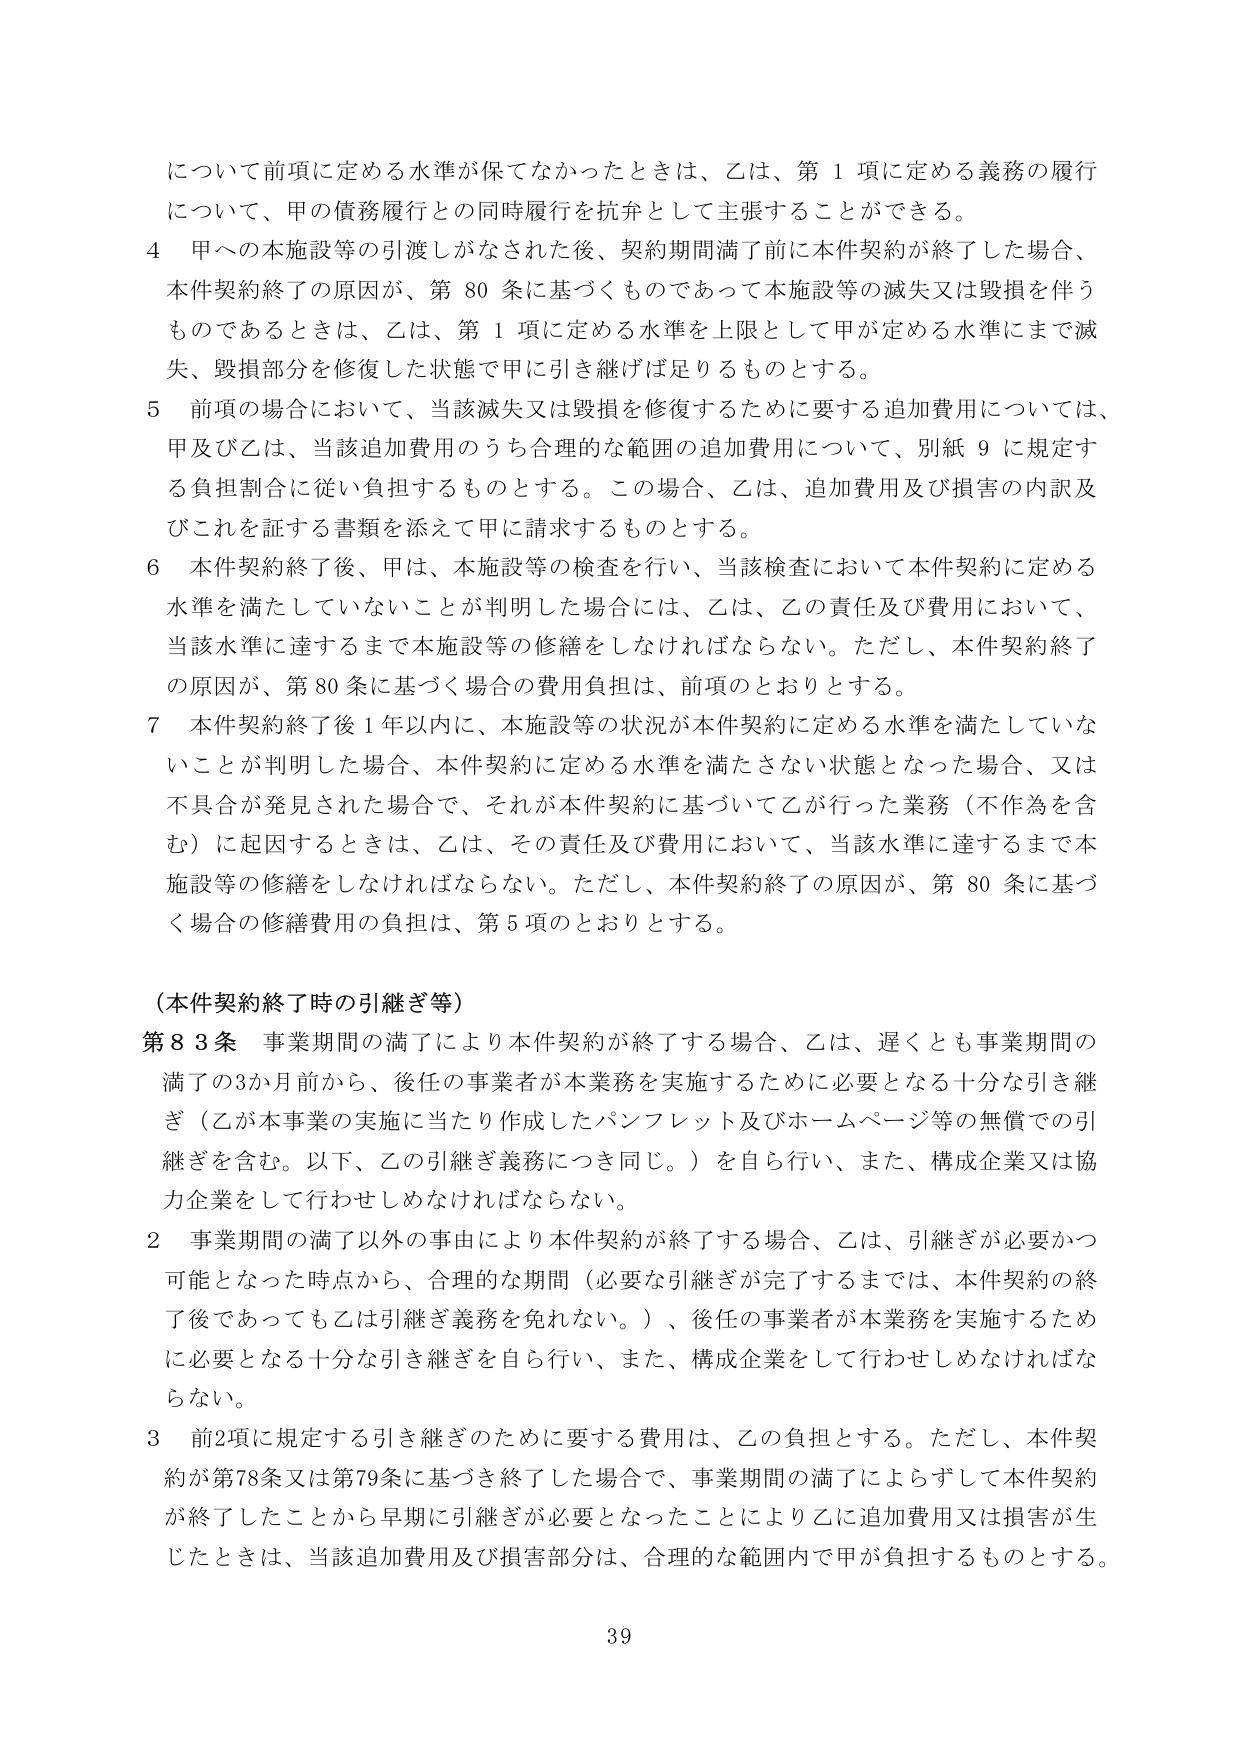
について前項に定める水準が保てなかったときは、乙は、第１項に定める義務の履行について、甲の債務履行との同時履行を抗弁として主張することができる。

４ 甲への本施設等の引渡しがなされた後、契約期間満了前に本件契約が終了した場合、本件契約終了の原因が、第80条に基づくものであって本施設等の滅失又は毀損を伴うものであるときは、乙は、第１項に定める水準を上限として甲が定める水準にまで滅失、毀損部分を修復した状態で甲に引き継げば足りるものとする。

５ 前項の場合において、当該滅失又は毀損を修復するために要する追加費用については、甲及び乙は、当該追加費用のうち合理的な範囲の追加費用について、別紙９に規定する負担割合に従い負担するものとする。この場合、乙は、追加費用及び損害の内訳及びこれを証する書類を添えて甲に請求するものとする。

６ 本件契約終了後、甲は、本施設等の検査を行い、当該検査において本件契約に定める水準を満たしていないことが判明した場合には、乙は、乙の責任及び費用において、当該水準に達するまで本施設等の修繕をしなければならない。ただし、本件契約終了の原因が、第80条に基づく場合の費用負担は、前項のとおりとする。

７ 本件契約終了後１年以内に、本施設等の状況が本件契約に定める水準を満たしていないことが判明した場合、本件契約に定める水準を満たさない状態となった場合、又は不具合が発見された場合で、それが本件契約に基づいて乙が行った業務（不作為を含む）に起因するときは、乙は、その責任及び費用において、当該水準に達するまで本施設等の修繕をしなければならない。ただし、本件契約終了の原因が、第80条に基づく場合の修繕費用の負担は、第５項のとおりとする。

（本件契約終了時の引継ぎ等）

第83条 事業期間の満了により本件契約が終了する場合、乙は、遅くとも事業期間の満了の3か月前から、後任の事業者が本業務を実施するために必要となる十分な引き継ぎ（乙が本事業の実施に当たり作成したパンフレット及びホームページ等の無償での引き継ぎを含む。以下、乙の引継ぎ義務につき同じ。）を自ら行い、また、構成企業又は協力企業をして行わせしめなければならない。

２ 事業期間の満了以外の事由により本件契約が終了する場合、乙は、引継ぎが必要かつ可能となった時点から、合理的な期間（必要な引継ぎが完了するまでは、本件契約の終了後であっても乙は引継ぎ義務を免れない。）、後任の事業者が本業務を実施するために必要となる十分な引き継ぎを自ら行い、また、構成企業をして行わせしめなければならない。

３ 前2項に規定する引き継ぎのために要する費用は、乙の負担とする。ただし、本件契約が第78条又は第79条に基づき終了した場合で、事業期間の満了によらずして本件契約が終了したことから早期に引継ぎが必要となったことにより乙に追加費用又は損害が生じたときは、当該追加費用及び損害部分は、合理的な範囲内で甲が負担するものとする。

39